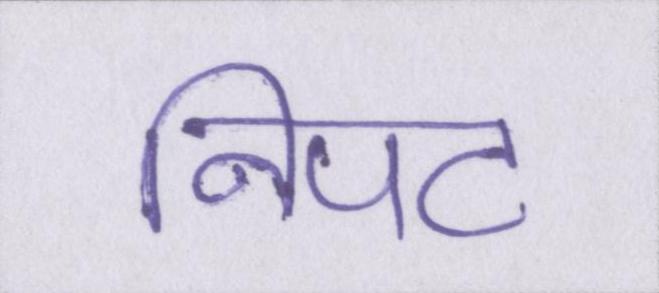
निपट